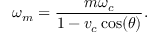
\omega _ { m } = \frac { m \omega _ { c } } { 1 - v _ { c } \cos ( \theta ) } .